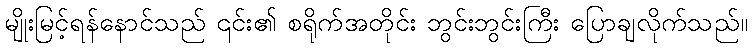
မျိုးမြင့်ရန်နောင်သည် ၎င်း၏ စရိုက်အတိုင်း ဘွင်းဘွင်းကြီး ပြောချလိုက်သည်။